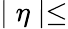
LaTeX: \mid\eta\mid\leq